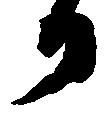
日